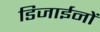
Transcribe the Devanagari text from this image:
डिजाईनों